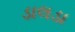
ડાલડા